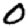
Digit: 0